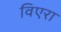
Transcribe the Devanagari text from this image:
विएरा